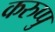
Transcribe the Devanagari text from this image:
करुप्पु